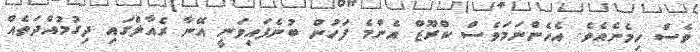
ވެސް ހިމެނެއެވެ. އެހެންނަމަވެސް ކްރޫޒް އެންމެ ފަހުން ބުނެފައިވަނީ އޭނާ ރެއާލްގައި ދިގުމުއްދަތެއް